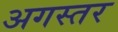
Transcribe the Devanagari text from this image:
अगस्तर